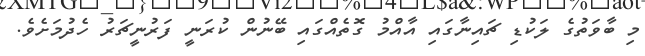
މި ބާވަތުގެ ލަކުޑި ޗައިނާގައި އާއްމު ގޮތެއްގައި ބޭނުން ކުރަނީ ފަރުނީޗަރު ހެދުމަށެވެ.